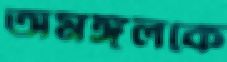
অমঙ্গলকে